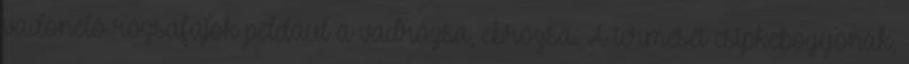
vadonélő rózsafajok például a vadrózsa, ebrózsa. A termését csipkebogyónak,